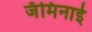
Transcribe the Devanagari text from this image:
जॅमिनाई